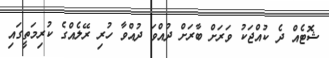
ޝޮޓެއް ދެ ކުއްޖަކު ވަރަށް ބާރަށް ދުއްވަ ދުއްވާ ހުރި ރޭލެއްގެ ކުރިމަތީގައި